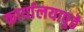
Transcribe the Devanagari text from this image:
कार्यालयापुढे